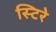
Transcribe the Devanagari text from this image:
स्टिरे